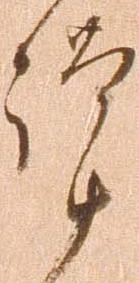
謹